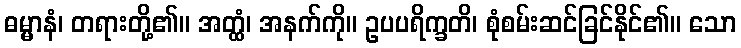
ဓမ္မာနံ၊ တရားတို့၏။ အတ္ထံ၊ အနက်ကို။ ဥပပရိက္ခတိ၊ စုံစမ်းဆင်ခြင်နိုင်၏။ သော